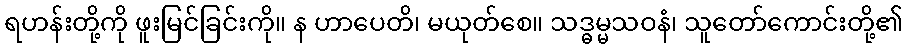
ရဟန်းတို့ကို ဖူးမြင်ခြင်းကို။ န ဟာပေတိ၊ မယုတ်စေ။ သဒ္ဓမ္မသဝနံ၊ သူတော်ကောင်းတို့၏